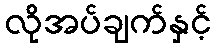
လိုအပ်ချက်နှင့်